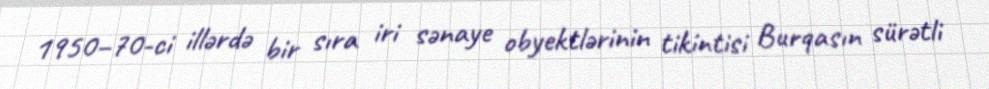
1950–70-ci illərdə bir sıra iri sənaye obyektlərinin tikintisi Burqasın sürətli